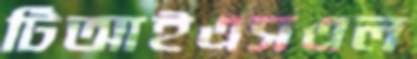
টিআইএসএল